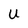
Character: U